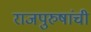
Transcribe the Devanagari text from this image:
राजपुरुषांची